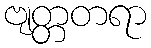
ဗျတ္တတရာ